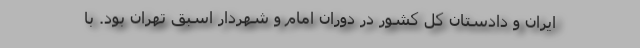
ایران و دادستان کل کشور در دوران امام و شهردار اسبق تهران بود. با